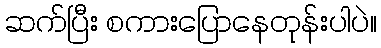
ဆက်ပြီး စကားပြောနေတုန်းပါပဲ။